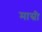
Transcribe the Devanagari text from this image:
मास्री